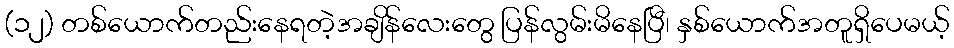
(၁၂) တစ်ယောက်တည်းနေရတဲ့အချိန်လေးတွေ ပြန်လွမ်းမိနေပြီ၊ နှစ်ယောက်အတူရှိပေမယ့်